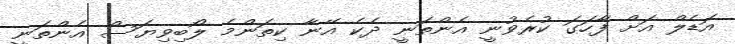
އަޑެލް އަށް ފާހަގަ ކުރެވުނީ އެންތަނީ ދެކެ އޭނާ ކިތަންމެ ލޯބިވިޔަސް އެންތަނީ